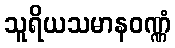
သူရိယသမာနဝဏ္ဏံ